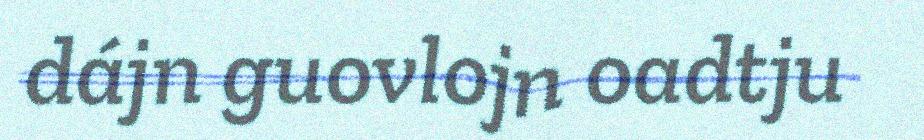
dájn guovlojn oadtju